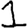
Digit: 1